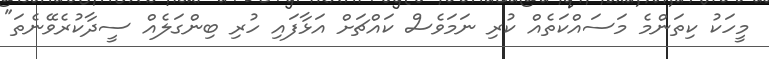
މީހަކު ކިތަންމެ މަސައްކަތެއް ކުރި ނަމަވެސް ކައްޗަށް އަޅާފައި ހުރި ބިންގަލެއް ސީދާކުރެވޭނެތަ"